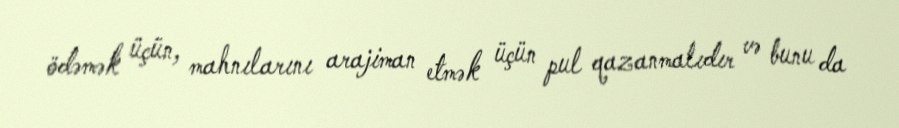
ödəmək üçün, mahnılarını arajiman etmək üçün pul qazanmalıdır və bunu da